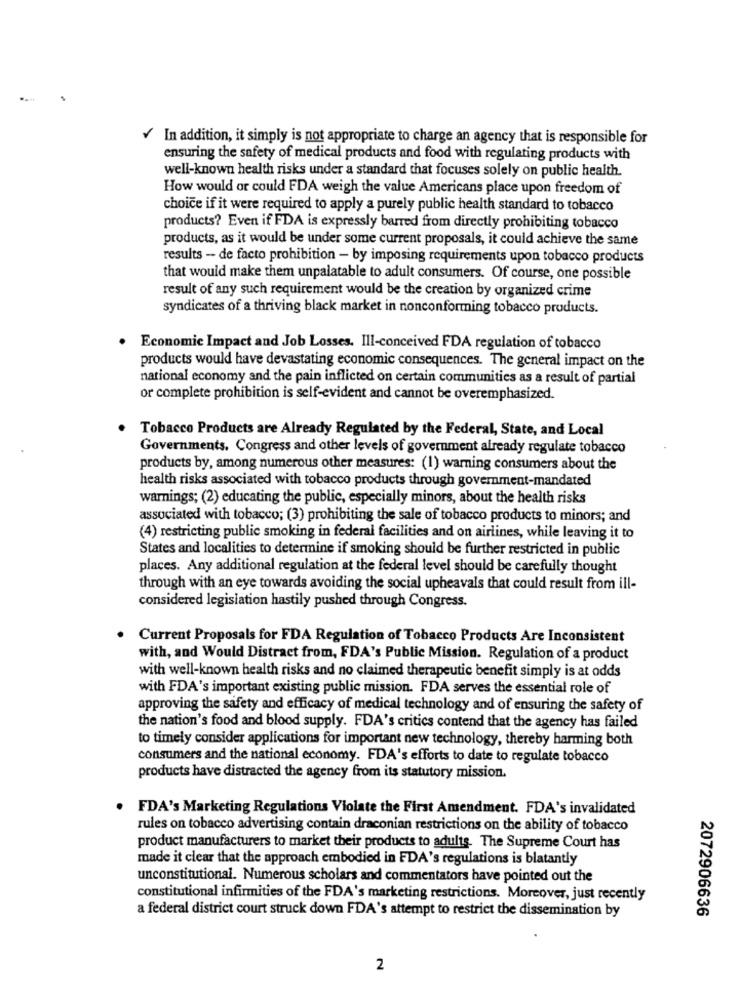
In addition, it simply is not appropriate to charge an agency that is responsible for
ensuring the safety of medical products and food with regulating products with
well-known health risks under a standard that focuses solely on public health.
How would or could FDA weigh the value Americans place upon freedom of
choice if it were required to apply a purely public health standard to tobacco
products? Even if FDA is expressly barred from directly prohibiting tobacco
products, as it would be under some current proposals, it could achieve the same
results - de facto prohibition - by imposing requirements upon tobacco products
that would make them unpalatable to adult consumers. Of course, one possible
result of any such requirement would be the creation by organized crime
syndicates of a thriving black market in nonconforming tobacco products.
. Economic Impact and Job Losses. Ill-conceived FDA regulation of tobacco
products would have devastating economic consequences. The general impact on the
national economy and the pain inflicted on certain communities as a result of partial
or complete prohibition is self-evident and cannot be overemphasized.
Tobacco Products are Already Regulated by the Federal, State, and Local
Governments. Congress and other levels of government already regulate tobacco
products by, among numerous other measures: (1) warning consumers about the
health risks associated with tobacco products through government-mandated
warnings; (2) educating the public, especially minors, about the health risks
associated with tobacco; (3) prohibiting the sale of tobacco products to minors; and
(4) restricting public smoking in federal facilities and on airlines, while leaving it to
States and localities to determine if smoking should be further restricted in public
places. Any additional regulation at the federal level should be carefully thought
through with an eye towards avoiding the social upheavals that could result from ill-
considered legislation hastily pushed through Congress.
Current Proposals for FDA Regulation of Tobacco Products Are Inconsistent
with, and Would Distract from, FDA's Public Mission. Regulation of a product
with well-known health risks and no claimed therapeutic benefit simply is at odds
with FDA's important existing public mission. FDA serves the essential role of
approving the safety and efficacy of medical technology and of ensuring the safety of
the nation's food and blood supply. FDA's critics contend that the agency has failed
to timely consider applications for important new technology, thereby harming both
consumers and the national economy. FDA's efforts to date to regulate tobacco
products have distracted the agency from its statutory mission.
FDA's Marketing Regulations Violate the First Amendment. FDA's invalidated
rules on tobacco advertising contain draconian restrictions on the ability of tobacco
product manufacturers to market their products to adults. The Supreme Court has
made it clear that the approach embodied in FDA's regulations is blatantly
unconstitutional. Numerous scholars and commentators have pointed out the
constitutional infirmities of the FDA's marketing restrictions. Moreover, just recently
a federal district court struck down FDA's attempt to restrict the dissemination by
2072906636
2